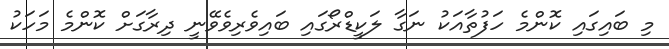
މި ބައިގައި ކޮންމެ ހަފުތާއަކު ނަގާ ލަކީޑްރޯގައި ބައިވެރިވެވޭނީ ދިރާގަށް ކޮންމެ މަހަކު